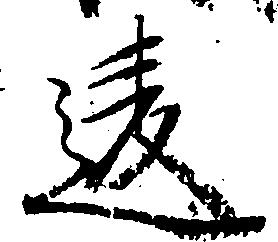
違